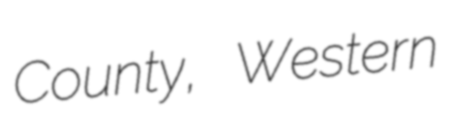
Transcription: County, Western